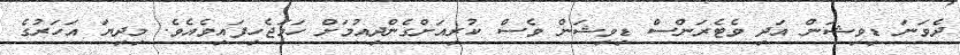
ދެވަނަ ޑިވިޝަން އަދި ވެޓެރަންސް ޑިވިޝަން ވެސް ކުރިއަށްގެންދިއުމަށް ހަމަޖެހިފައިވެއެވެ. މިދިޔަ އަހަރުގެ